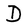
Character: D